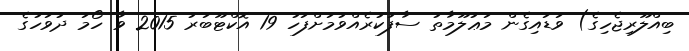
ބިއްލޫރިޖެހިގެ) ވަޑައިގެން މަޢުލޫމާތު ސާފުކުރެއްވުމަށްފަހު 19 އޮކްޓޫބަރު 2015 ވާ ހޯމަ ދުވަހުގެ